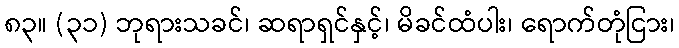
၈၃။ (၃၁) ဘုရားသခင်၊ ဆရာရှင်နှင့်၊ မိခင်ထံပါး၊ ရောက်တုံငြား၊